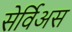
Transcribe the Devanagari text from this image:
सेर्विअस